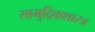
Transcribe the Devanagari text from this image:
सामुद्रिकशास्त्र